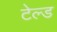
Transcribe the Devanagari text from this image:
टेल्ड